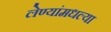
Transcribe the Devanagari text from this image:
लेण्यांमधल्या